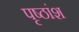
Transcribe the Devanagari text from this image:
पृष्ठांश